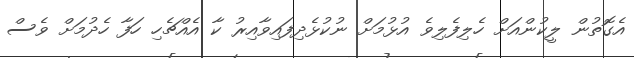
އެގޮތުން ލީކުންއަށް ހެލިފެލިވެ އުޅުމަށް ނުކުޅެދިފައިވާއިރު ކާ އެއްޗެހި ހަފާ ހެދުމަށް ވެސް